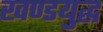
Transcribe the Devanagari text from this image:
खण्डयुद्ध